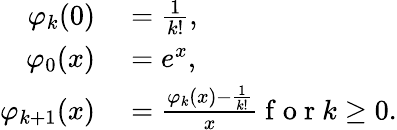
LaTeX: \begin{array}{rl}{\varphi_{k}(0)}&{{}=\frac{1}{k!},}\\ {\varphi_{0}(x)}&{{}=e^{x},}\\ {\varphi_{k+1}(x)}&{{}=\frac{\varphi_{k}(x)-\frac{1}{k!}}{x}\mathrm{~f~o~r~}k\geq 0.}\end{array}